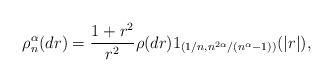
LaTeX: \begin{align*}\rho_{n}^{\alpha}(dr)=\frac{1+r^{2}}{r^{2}}\rho(dr)1_{(1/n,n^{2\alpha}/(n^{\alpha}-1))}(|r|),\end{align*}